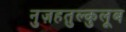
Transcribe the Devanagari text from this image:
नुज़हतुल्कुलूब